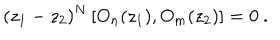
( z _ { 1 } - z _ { 2 } ) ^ { N } \left[ O _ { n } ( z _ { 1 } ) , O _ { m } ( z _ { 2 } ) \right] = 0 \ .